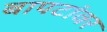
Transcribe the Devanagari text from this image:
बापटांवर